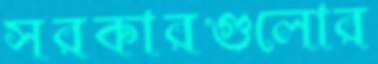
সরকারগুলোর